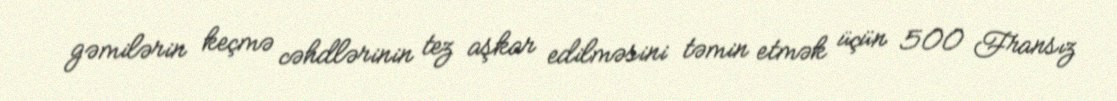
gəmilərin keçmə cəhdlərinin tez aşkar edilməsini təmin etmək üçün 500 Fransız